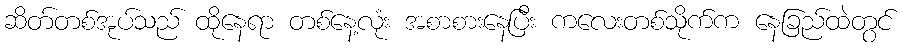
ဆိတ်တစ်အုပ်သည် ထိုနေရာ တစ်နေ့လုံး အစာစားနေပြီး ကလေးတစ်သိုက်က နေခြည်ထဲတွင်